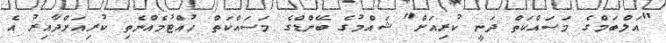
"އަލްބަމްގެ މަސައްކަތް ދަނީ ކުރިއަށް" ޝައްމުގެ ބޭންޑްގެ މަސައްކަތް ހުއްޓުމެއްނެތި ކުރިއަށްދާއިރު އެ